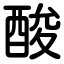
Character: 酸